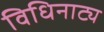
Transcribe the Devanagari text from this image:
विधिनाट्य